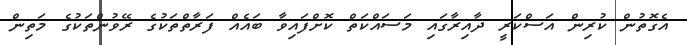
އެގޮތުން ކުރިން އަސްކަރީ ދާއިރާގައި މަސައްކަތް ކޮށްފައިވާ ބައެއް ފަރާތްތަކުގެ ރޭވުންތަކުގެ މަތިން